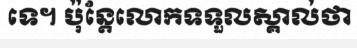
ទេ។ ប៉ុន្តែលោកទទួលស្គាល់ថា